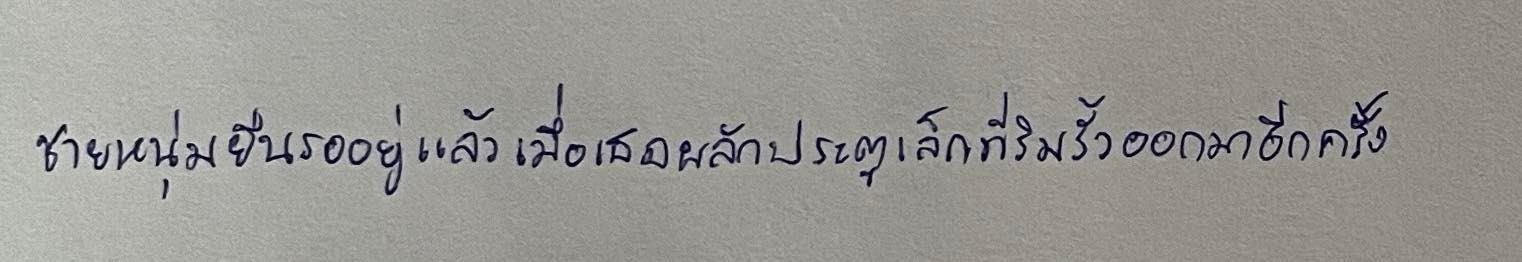
ชายหนุ่มยืนรออยู่แล้วเมื่อเธอผลักประตูเล็กที่ริมรั้วออกมาอีกครั้ง